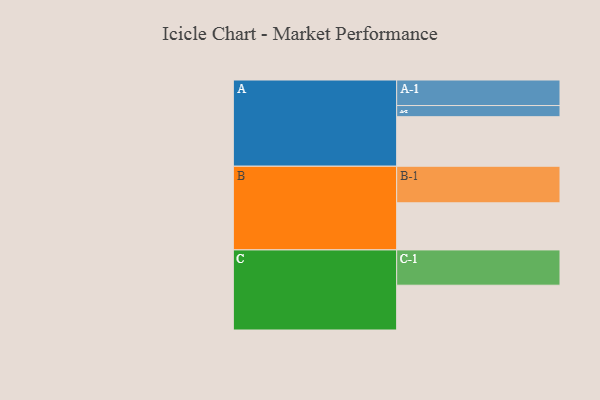
{"axis": {"x": "Segment", "y": "Value"}, "legend": ["", "A", "B", "C"], "data": [{"x": "A", "y": 386, "type": ""}, {"x": "B", "y": 367, "type": ""}, {"x": "C", "y": 349, "type": ""}, {"x": "A-1", "y": 199, "type": "A"}, {"x": "A-2", "y": 87, "type": "A"}, {"x": "B-1", "y": 285, "type": "B"}, {"x": "C-1", "y": 275, "type": "C"}]}